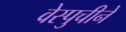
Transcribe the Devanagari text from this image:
वेस्पुचीने